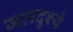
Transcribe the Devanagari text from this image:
जलदृश्ये